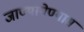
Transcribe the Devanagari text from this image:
जाण्यायेण्यास